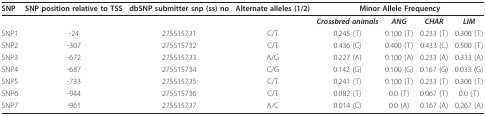
<table><thead><tr><td><b>SNP</b></td><td><b>SNP position relative to TSS</b></td><td><b>dbSNP submitter snp (ss) no</b></td><td><b>Alternate alleles (1/2)</b></td><td colspan="4"><b>Minor Allele Frequency</b></td></tr></thead><tbody><tr><td></td><td></td><td></td><td></td><td><b><i>Crossbred animals</i></b></td><td><b><i>ANG</i></b></td><td><b><i>CHAR</i></b></td><td><b><i>LIM</i></b></td></tr><tr><td>SNP1</td><td>-24</td><td>275515731</td><td>C/T</td><td>0.245 (T)</td><td>0.100 (T)</td><td>0.233 (T)</td><td>0.300 (T)</td></tr><tr><td>SNP2</td><td>-307</td><td>275515732</td><td>C/T</td><td>0.436 (C)</td><td>0.400 (T)</td><td>0.433 (C)</td><td>0.500 (T)</td></tr><tr><td>SNP3</td><td>-672</td><td>275515733</td><td>A/G</td><td>0.227 (A)</td><td>0.100 (A)</td><td>0.233 (A)</td><td>0.333 (A)</td></tr><tr><td>SNP4</td><td>-687</td><td>275515734</td><td>C/G</td><td>0.142 (G)</td><td>0.100 (G)</td><td>0.167 (G)</td><td>0.033 (G)</td></tr><tr><td>SNP5</td><td>-733</td><td>275515735</td><td>C/T</td><td>0.241 (T)</td><td>0.100 (T)</td><td>0.233 (T)</td><td>0.300 (T)</td></tr><tr><td>SNP6</td><td>-944</td><td>275515736</td><td>C/T</td><td>0.082 (T)</td><td>0.0 (T)</td><td>0.067 (T)</td><td>0.0 (T)</td></tr><tr><td>SNP7</td><td>-961</td><td>275515737</td><td>A/C</td><td>0.014 (C)</td><td>0.0 (A)</td><td>0.167 (A)</td><td>0.267 (A)</td></tr></tbody></table>